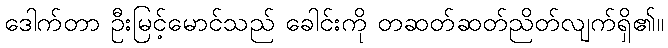
ဒေါက်တာ ဦးမြင့်မောင်သည် ခေါင်းကို တဆတ်ဆတ်ညိတ်လျက်ရှိ၏။